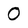
Character: 0